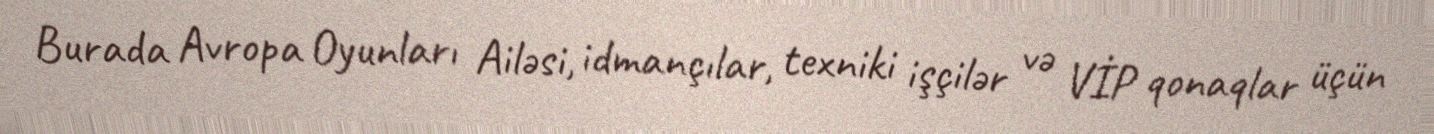
Burada Avropa Oyunları Ailəsi, idmançılar, texniki işçilər və VİP qonaqlar üçün